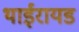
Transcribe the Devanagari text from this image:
थाईरायड